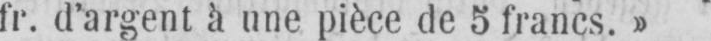
fr. d’argent à une pièce de 5 francs.»